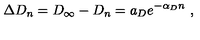
\Delta D _ { n } = D _ { \infty } - D _ { n } = a _ { D } e ^ { - \alpha _ { D } n } \ ,